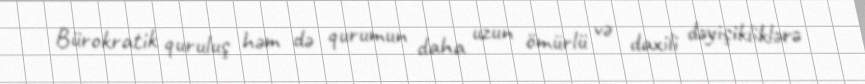
Bürokratik quruluş həm də qurumun daha uzun ömürlü və daxili dəyişikliklərə